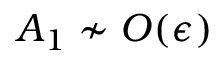
A _ { 1 } \nsim { \cal O } ( \epsilon )